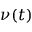
\nu ( t )